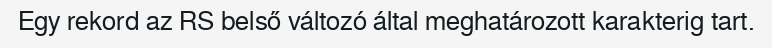
Egy rekord az RS belső változó által meghatározott karakterig tart.